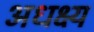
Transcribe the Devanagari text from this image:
अधक्ष्य